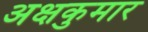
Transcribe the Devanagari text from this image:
अक्षकुमार